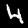
Digit: 4